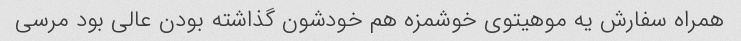
همراه سفارش یه موهیتوی خوشمزه هم خودشون گذاشته بودن عالی بود مرسی